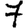
Digit: 7